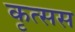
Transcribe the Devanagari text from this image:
कृत्सस